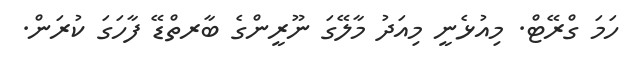
ހަމަ ގްރޭޓް. މިއުޅެނީ މިއަދު މާލޭގަ ނޫރީންގެ ބާރތްޑޭ ފާހަގަ ކުރަން.